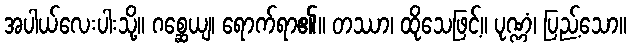
အပါယ်လေးပါးသို့။ ဂစ္ဆေယျ၊ ရောက်ရာ၏။ တဿာ၊ ထိုသေဖြင့်။ ပုဏ္ဏံ၊ ပြည့်သော။